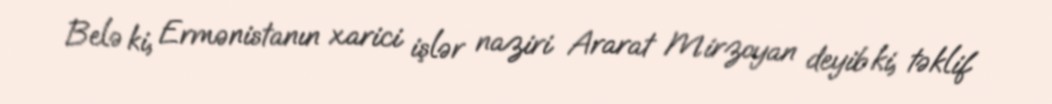
Belə ki, Ermənistanın xarici işlər naziri Ararat Mirzoyan deyib ki, təklif